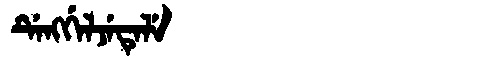
Manchu: ᡩᡝᠩᡤᡝᠯᠵᡝᡨᡝᠯᡝ
Romanization: DENGGELJETELE